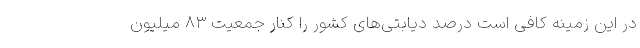
در این زمینه کافی است درصد دیابتی‌های کشور را کنار جمعیت ۸۳ میلیون